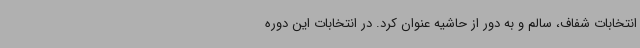
انتخابات شفاف، سالم و به دور از حاشیه عنوان کرد. در انتخابات این دوره